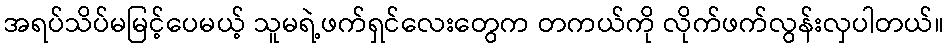
အရပ်သိပ်မမြင့်ပေမယ့် သူမရဲ့ဖက်ရှင်လေးတွေက တကယ်ကို လိုက်ဖက်လွန်းလှပါတယ်။